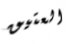
العتيق